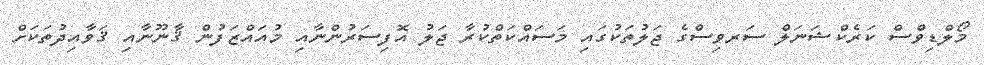
މޯލްޑިވްސް ކަރެކްޝަނަލް ސަރވިސްގެ ޖަލުތަކުގައި މަސައްކަތްކުރާ ޖަލު އޮފިސަރުންނާއި މުއައްޒަފުން ޤާނޫނާއި ޤަވާއިދުތަކަށް